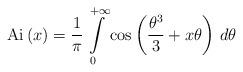
LaTeX: \begin{align*} \mathrm{Ai}\,(x) = \frac{1}{\pi} \int\limits_{0}^{+\infty} \cos \left( \frac{\theta^3}{3}+ x\theta \right) \,d\theta \end{align*}